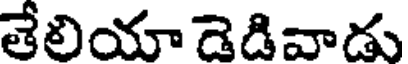
తేలియా డెడివాడు